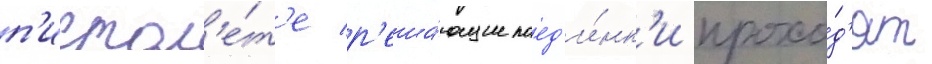
п'истол'е́т'е р'еша́ющие поед'и́нк'и прохо́д'ят